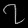
Digit: ၇